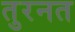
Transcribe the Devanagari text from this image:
तुरनत